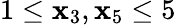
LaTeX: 1\leq\mathbf{x}_{3},\mathbf{x}_{5}\leq5